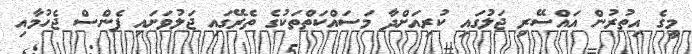
މީގެ އިތުރުން އައްސޭރި ޖަލުގައި ކުރިއަށްދާ މަސައްކަތްތަކުގެ ތެރޭގައި ޖަލުވަށައި ފެންސް ޖެހުމާއި